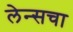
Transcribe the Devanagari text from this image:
लेन्सचा